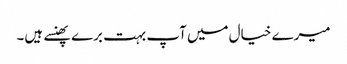
میرے خیال میں آپ بہت برے پھنسے ہیں۔